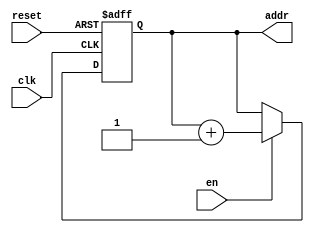
module counter ( clk, en, reset, addr );

    /* Parameters */
    
    parameter COUNTER_WIDTH = 3;
    
    /* Ports */
    
    input wire clk, en, reset;
    
    output reg [COUNTER_WIDTH - 1 : 0] addr = 0;
    
    /* Behavioral */
    
    always @(posedge clk or posedge reset) begin
        if(reset)
            addr <= 0;
        else 
            if(en)
                addr <= addr + 1;
    end


endmodule